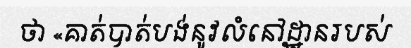
ថា «គាត់បាត់បង់នូវលំនៅដ្ឋានរបស់